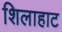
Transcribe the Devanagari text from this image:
शिलाहाट